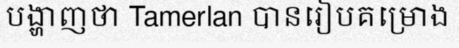
បង្ហាញថា Tamerlan បានរៀបគម្រោង